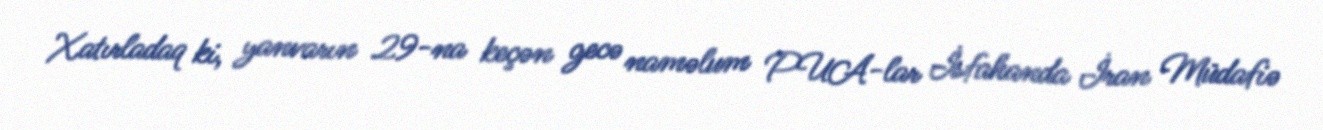
Xatırladaq ki, yanvarın 29-na keçən gecə naməlum PUA-lar İsfahanda İran Müdafiə